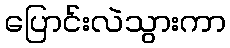
ပြောင်းလဲသွားကာ